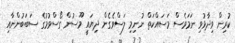
ކުރިން ވިދާޅުވި ނަމަވެސް މަސައްކަތް ނުނިމި ލަސްވެގެން ދިޔައީ މޫސުން ގޯސްވުމުގެ ސަބަބުންނާއި